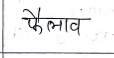
मजकूर: फैलाव